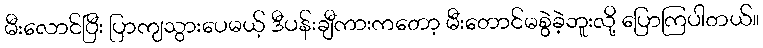
မီးလောင်ပြီး ပြာကျသွားပေမယ့် ဒီပန်းချီကားကတော့ မီးတောင်မစွဲခဲ့ဘူးလို့ ပြောကြပါတယ်။